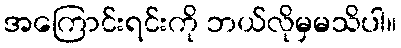
အကြောင်းရင်းကို ဘယ်လိုမှမသိပါ။